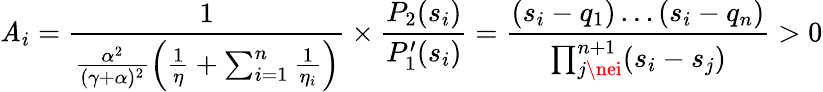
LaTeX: \mathit{A}_{i}=\frac{{1}}{{\frac{{\alpha^{2}}}{{(\gamma+\alpha)^{2}}}\left(\frac{{1}}{{\eta}}+\sum_{i=1}^{n}\frac{{1}}{{\eta_{i}}}\right)}}\times\frac{{P_{2}(s_{i})}}{{P_{1}^{\prime}(s_{i})}}=\frac{{(s_{i}-q_{1})\ldots(s_{i}-q_{n})}}{{\prod_{j\nei}^{n+1}(s_{i}-s_{j})}}>0